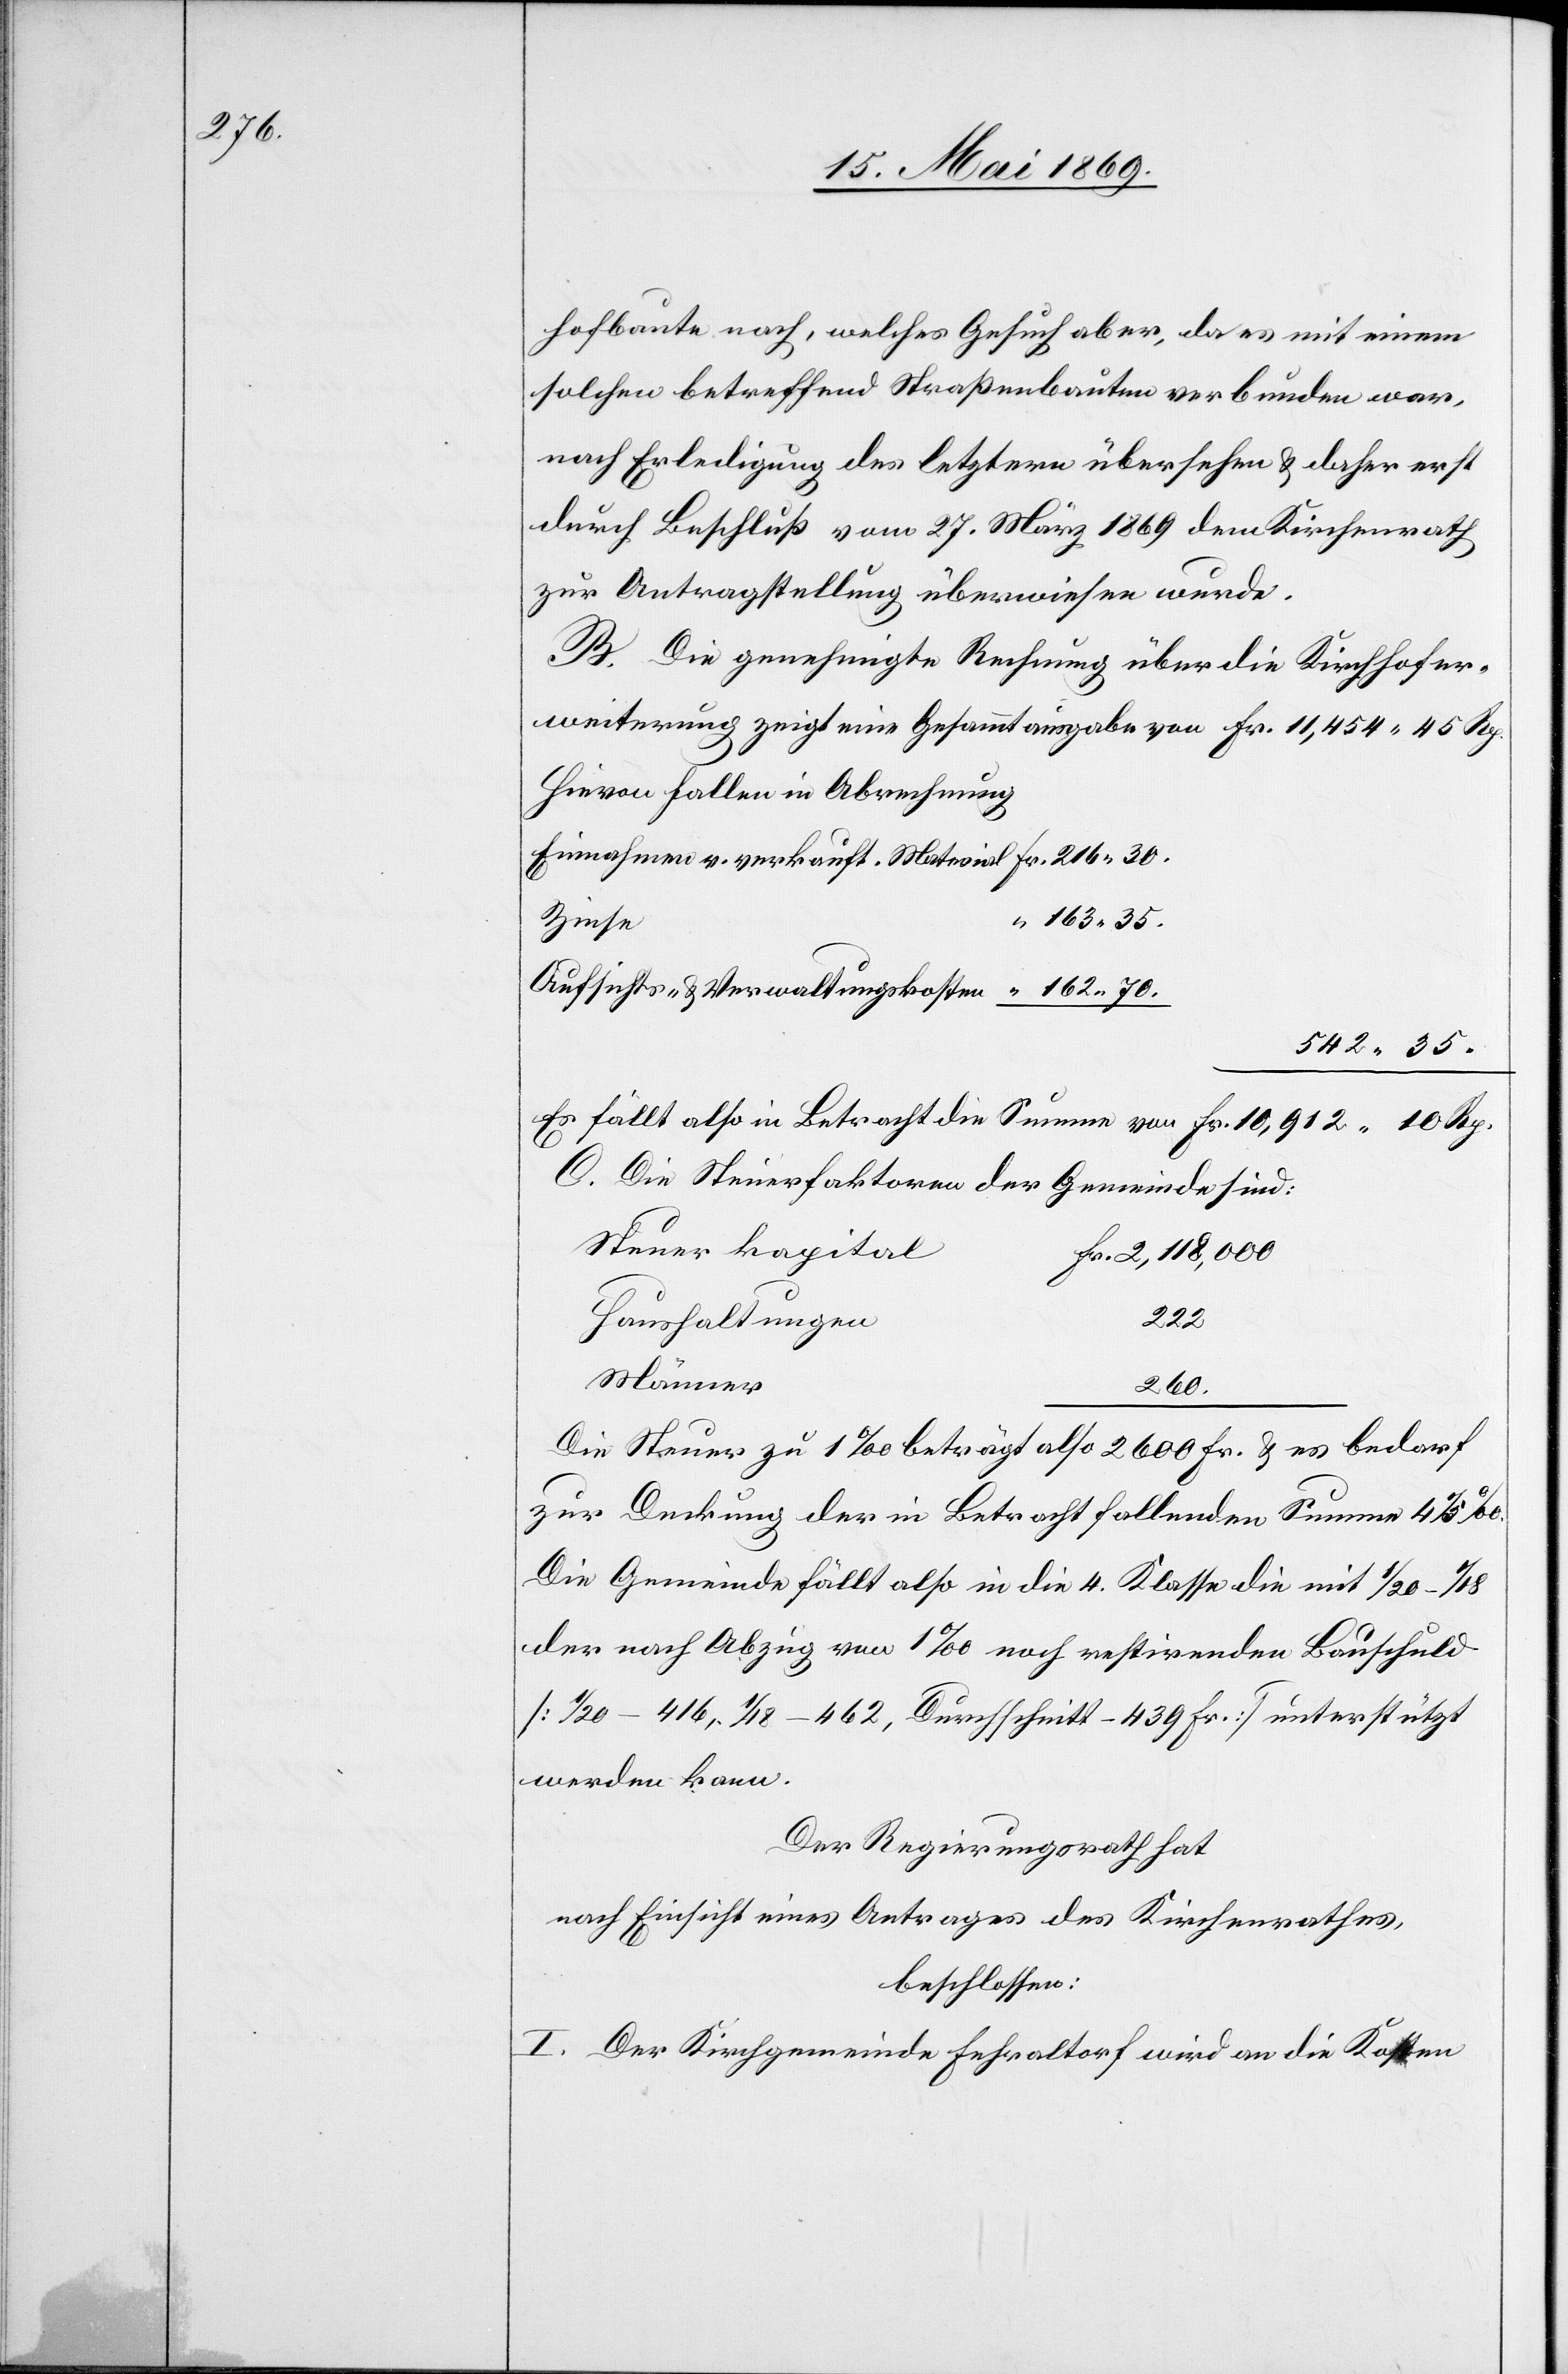
hofbaute nach, welches Gesuch aber, da es mit einem
solchen betreffend Straßenbauten verbunden war,
nach Erledigung des letztern übersehen u. daher erst
durch Beschluß vom 27. März 1869 dem Kirchenrath
zur Antragstellung überwiesen wurde.
B. Die genehmigte Rechnung über die Kirchhofer¬
weiterung zeigt eine Gesammtausgabe von 									Fr.
Hievon fallen in Abrechnung:
Einnahmen v. verkauft. Material	Fr. 216.30
Aufsichts- u. Verwaltungskosten	 “	162.70
542.35
Es fällt also in Betracht die Summe von 						Fr. 10,912.10 Rp.
C. Die Steuerfaktoren der Gemeinde sind:
Steuerkapital
Fr. 2,118,000
Haushaltungen
222
Männer
260
Die Steuer zu 1‰ beträgt also 2600 Fr. u. es bedarf
zur Deckung der in Betracht fallenden Summe 4 1/3‰.
Die Gemeinde fällt also in die 4. Klasse die mit 1/20–1/18
der nach Abzug von 1‰ noch restirenden Bauschuld
[1/20 – 416, 1/18 – 462, Durchschnitt – 439 Fr.] unterstützt
werden kann.
Der Regierungsrath hat
nach Einsicht eines Antrages des Kirchenrathes,
beschlossen:
I. Der Kirchgemeinde Fehraltorf wird an die Kosten